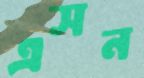
এসন